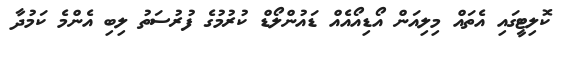
ކޮލިޓީގައި އެތައް މިލިއަން އޯޑިއޯއެއް ޑައުންލޯޑް ކުރުމުގެ ފުރުސަތު ލިބި އެންމެ ކަމުދާ